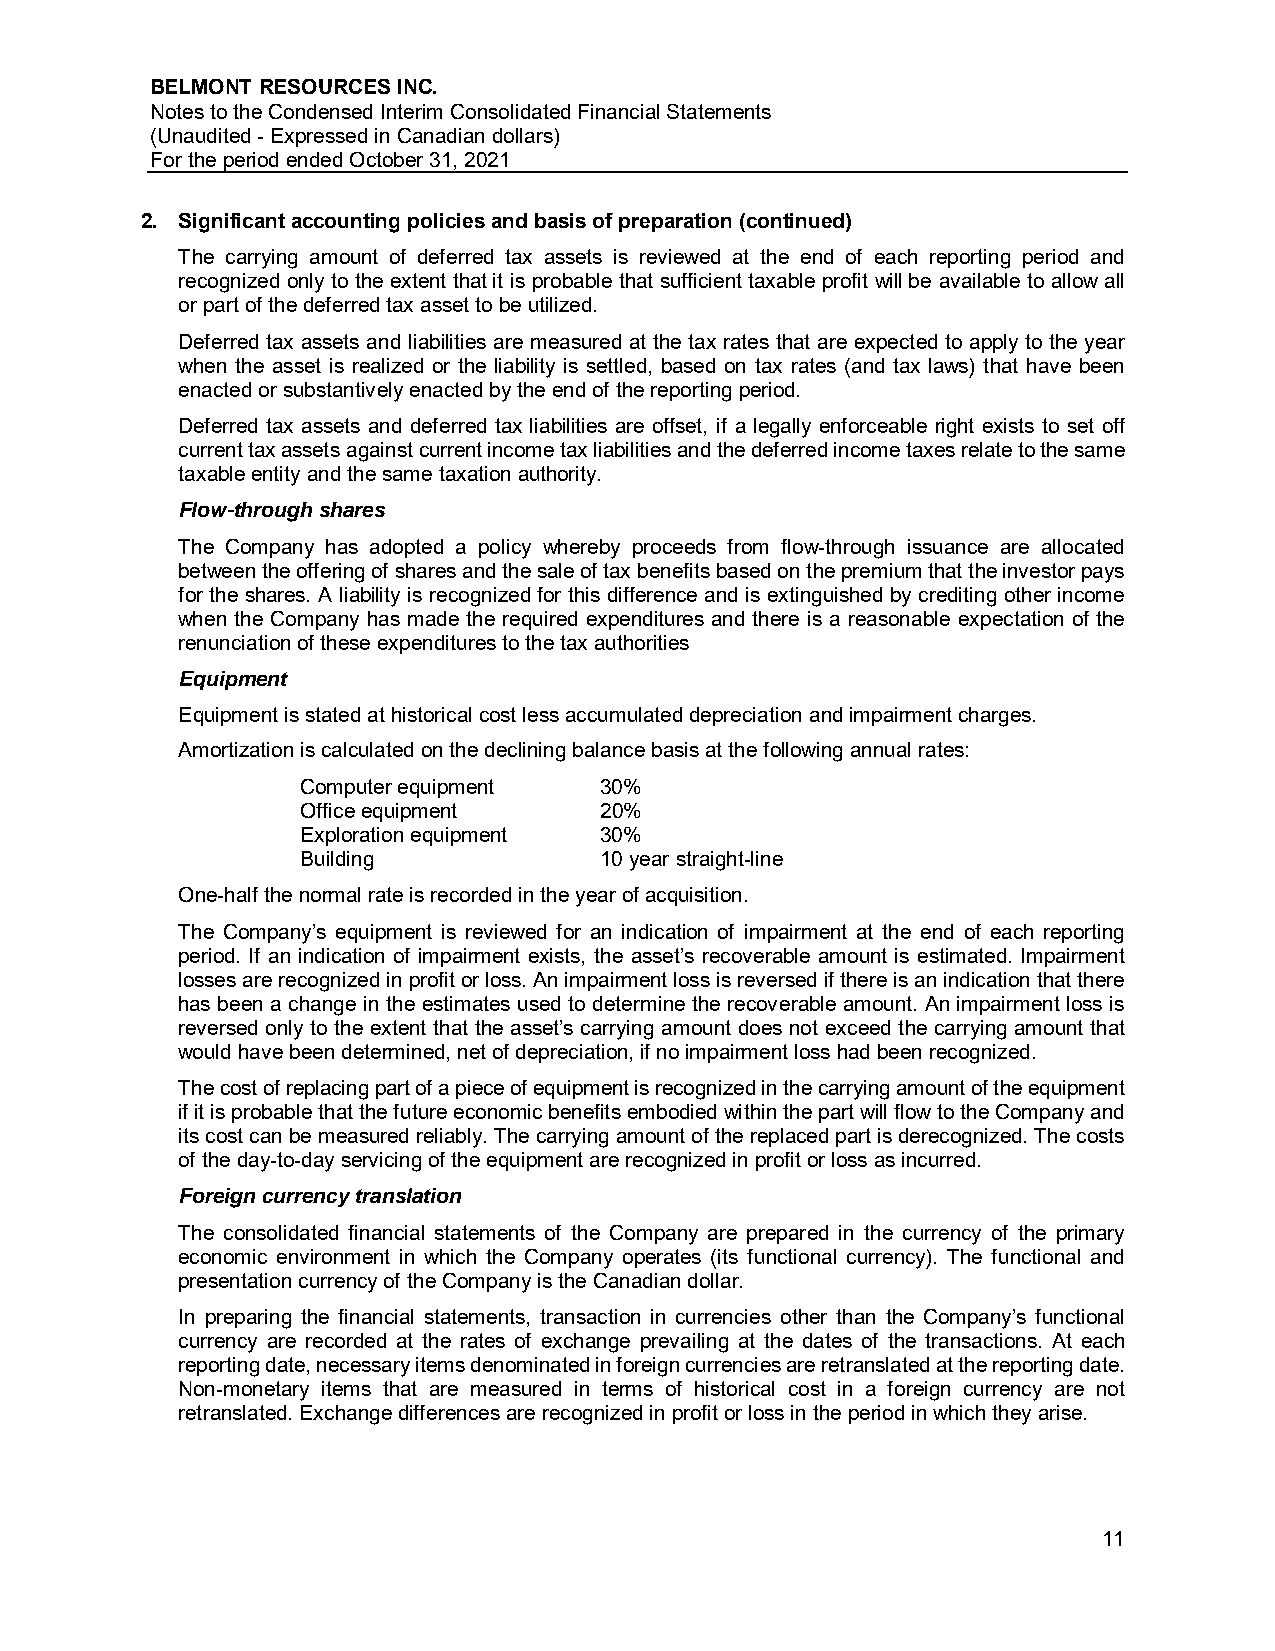
BELMONT RESOURCES INC.
 Notes to the Condensed Interim Consolidated Financial Statements
 (Unaudited - Expressed in Canadian dollars)
 For the period ended October 31, 2021
 2. Significant accounting policies and basis of preparation (continued)
 The carrying amount of deferred tax assets is reviewed at the end of each reporting period and
 recognized only to the extent that it is probable that sufficient taxable profit will be available to allow all
 or part of the deferred tax asset to be utilized.
 Deferred tax assets and liabilities are measured at the tax rates that are expected to apply to the year
 when the asset is realized or the liability is settled, based on tax rates (and tax laws) that have been
 enacted or substantively enacted by the end of the reporting period.
 Deferred tax assets and deferred tax liabilities are offset, if a legally enforceable right exists to set off
 current tax assets against current income tax liabilities and the deferred income taxes relate to the same
 taxable entity and the same taxation authority.
 Flow-through shares
 The Company has adopted a policy whereby proceeds from flow-through issuance are allocated
 between the offering of shares and the sale of tax benefits based on the premium that the investor pays
 for the shares. A liability is recognized for this difference and is extinguished by crediting other income
 when the Company has made the required expenditures and there is a reasonable expectation of the
 renunciation of these expenditures to the tax authorities
 Equipment
 Equipment is stated at historical cost less accumulated depreciation and impairment charges.
 Amortization is calculated on the declining balance basis at the following annual rates:
 Computer equipment  30%
 Office equipment    20%
 Exploration equipment 30%
 Building            10 year straight-line
 One-half the normal rate is recorded in the year of acquisition.
 The Company’s equipment is reviewed for an indication of impairment at the end of each reporting
 period. If an indication of impairment exists, the asset’s recoverable amount is estimated. Impairment
 losses are recognized in profit or loss. An impairment loss is reversed if there is an indication that there
 has been a change in the estimates used to determine the recoverable amount. An impairment loss is
 reversed only to the extent that the asset’s carrying amount does not exceed the carrying amount that
 would have been determined, net of depreciation, if no impairment loss had been recognized.
 The cost of replacing part of a piece of equipment is recognized in the carrying amount of the equipment
 if it is probable that the future economic benefits embodied within the part will flow to the Company and
 its cost can be measured reliably. The carrying amount of the replaced part is derecognized. The costs
 of the day-to-day servicing of the equipment are recognized in profit or loss as incurred.
 Foreign currency translation
 The consolidated financial statements of the Company are prepared in the currency of the primary
 economic environment in which the Company operates (its functional currency). The functional and
 presentation currency of the Company is the Canadian dollar.
 In preparing the financial statements, transaction in currencies other than the Company’s functional
 currency are recorded at the rates of exchange prevailing at the dates of the transactions. At each
 reporting date, necessary items denominated in foreign currencies are retranslated at the reporting date.
 Non-monetary items that are measured in terms of historical cost in a foreign currency are not
 retranslated. Exchange differences are recognized in profit or loss in the period in which they arise.
 11